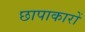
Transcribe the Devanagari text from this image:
छापाकारों